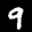
Label: 9